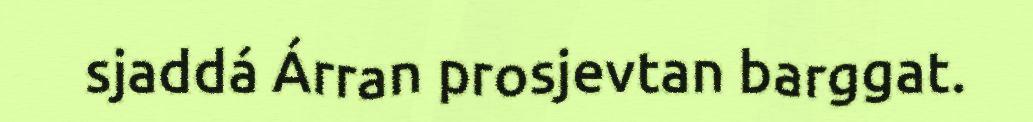
sjaddá Árran prosjevtan barggat.